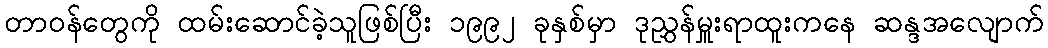
တာဝန်တွေကို ထမ်းဆောင်ခဲ့သူဖြစ်ပြီး ၁၉၉၂ ခုနှစ်မှာ ဒုညွှန်မှူးရာထူးကနေ ဆန္ဒအလျောက်